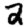
Digit: 2